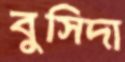
বুসিদা